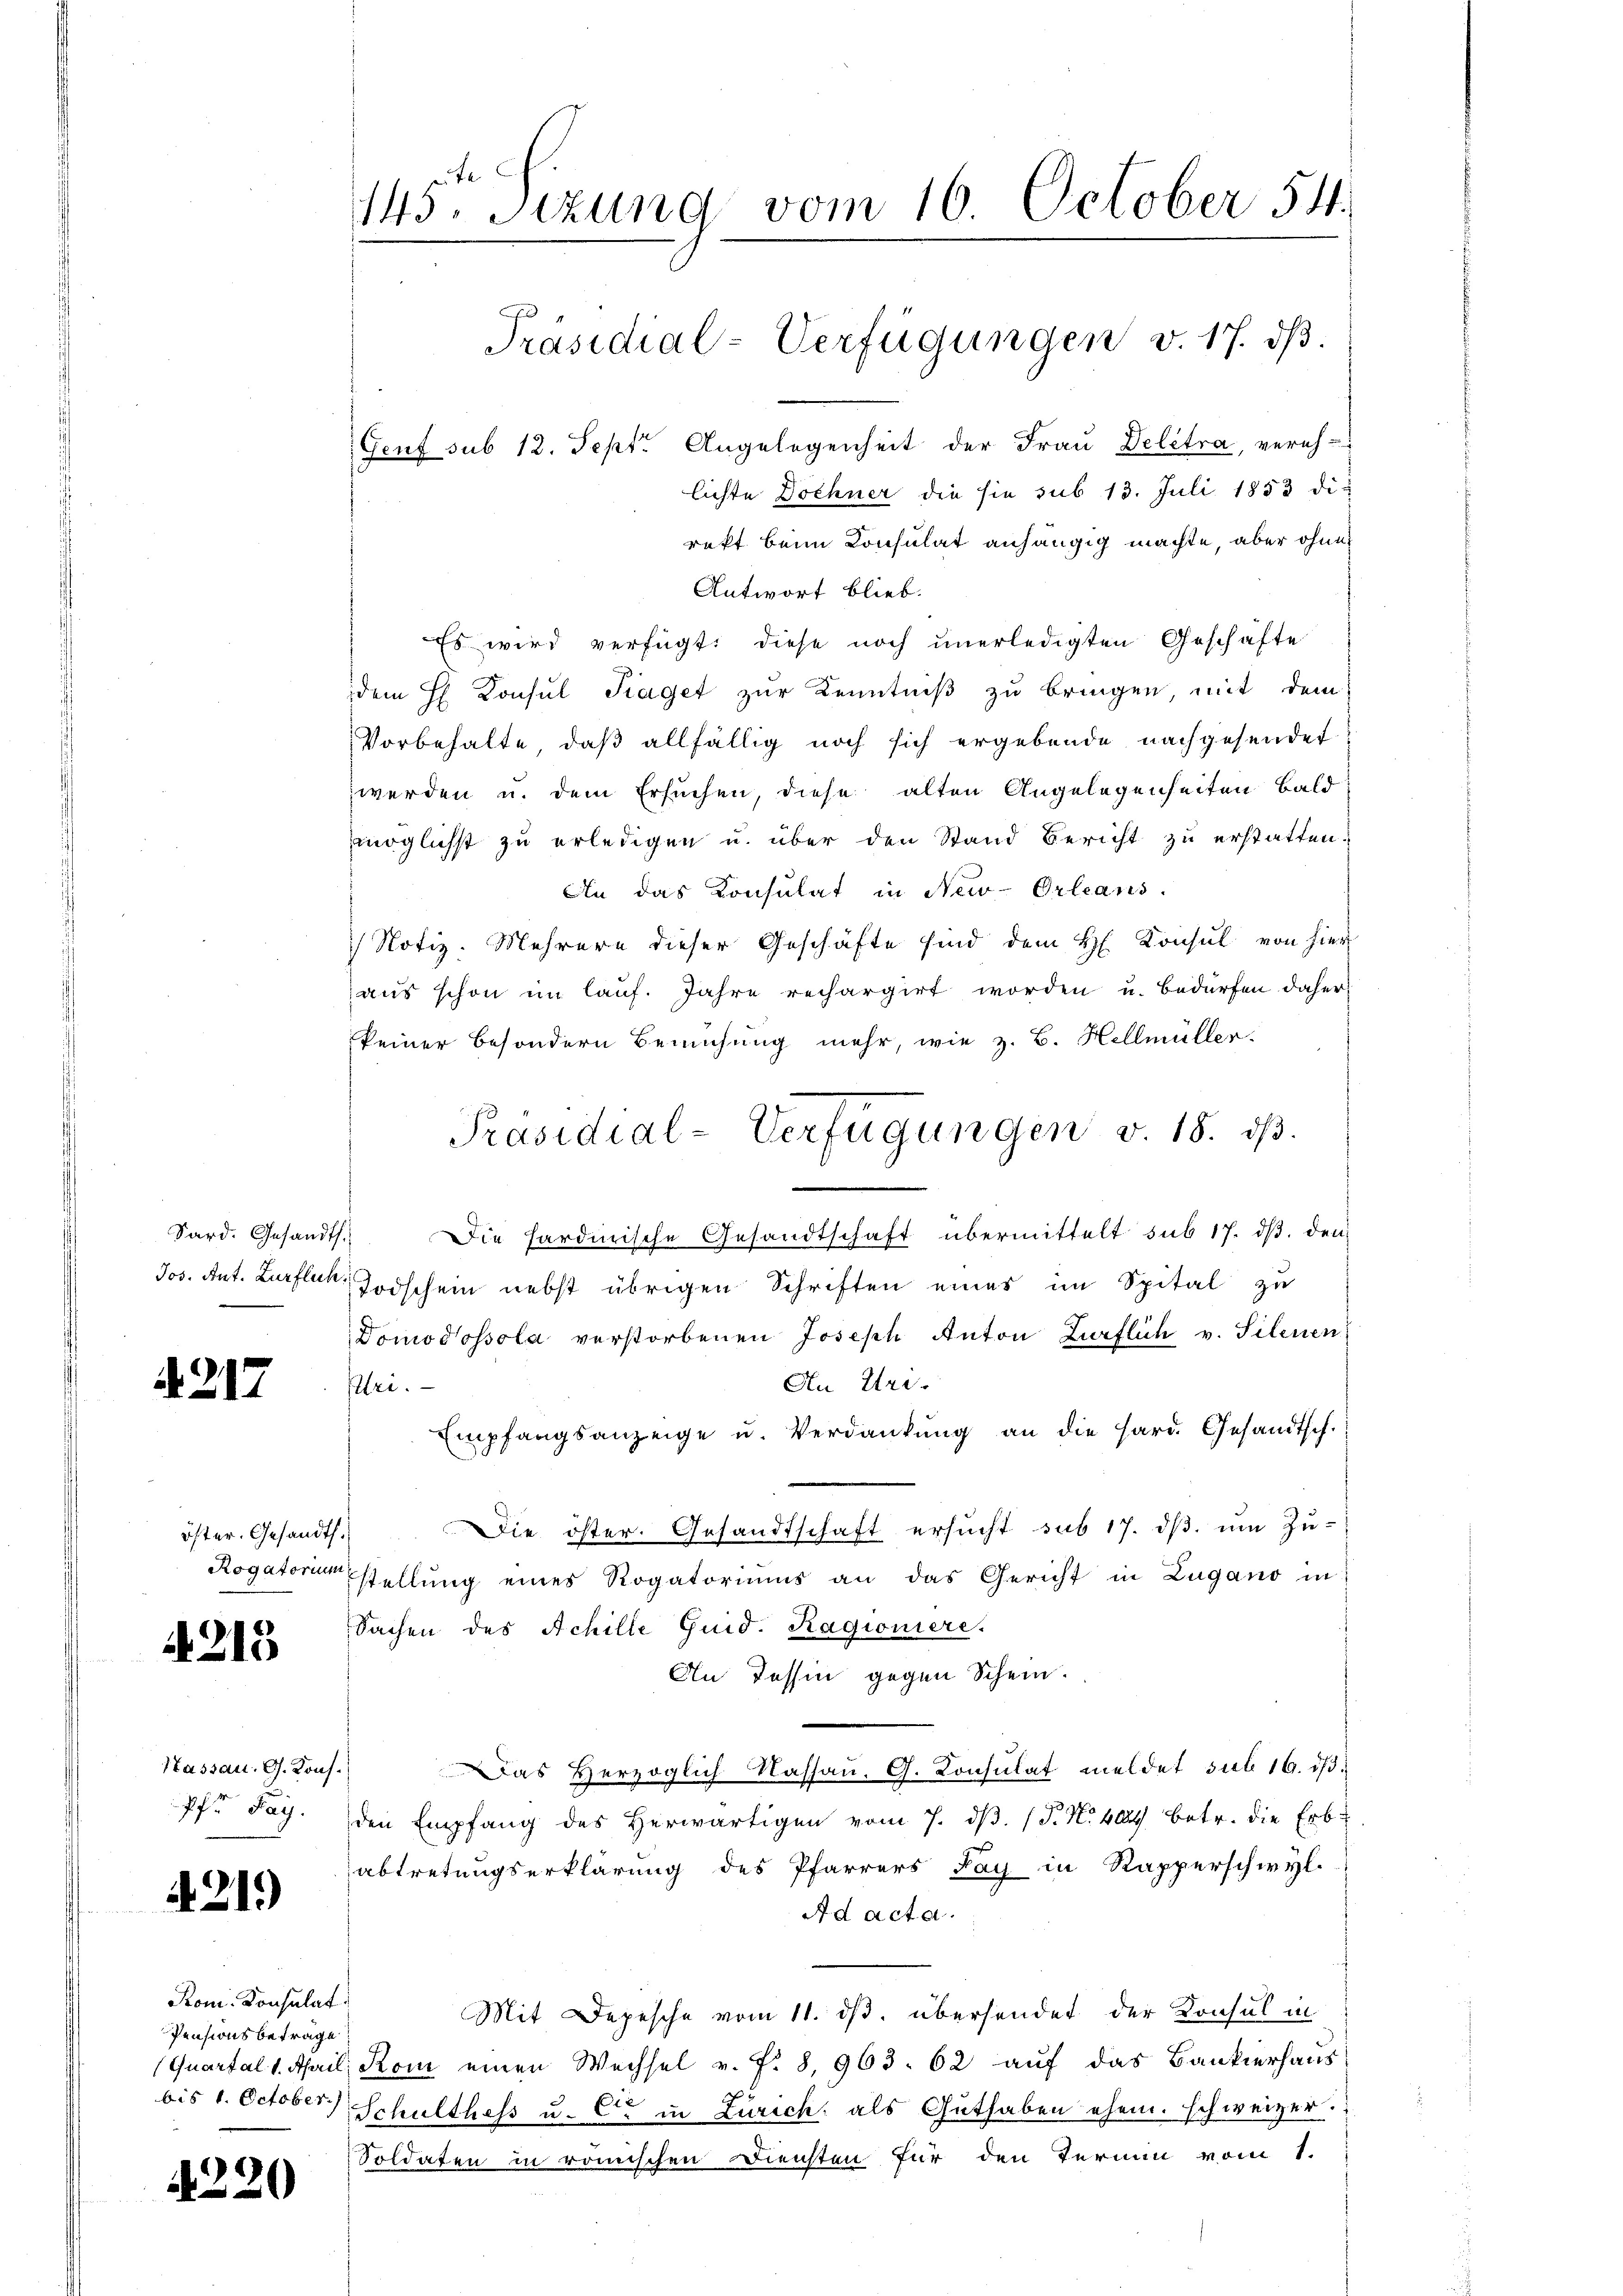
Sard. Gesandts
Jos. Ant. Zurflect

A 217

öster. Gesandth.
Rogatorium

4215

Hassau. G. Konf
Pfr Pay.

4219

Rom. Konsulat
Pensionsbetrage
bis 1. October.

4220

145. Setzung vom 16. October 54.
Präsidial-Verfügungen v. 17. dβ.
Genf sub 12. Sept. Angelegenheit der Frau Delétra, vereh-
lichte Dochner die sie sub 13. Juli 1853 die

rekt beim Konsulat anhängig machte, aber ohne
Antwort blieb.
Es wird verfügt: diese noch unerledigten Geschäfte
dem H. Konsul Fraget zur Kenntniß zu bringen, mit dem
Vorbehalte, daß allfällig noch sich ergebende nachgesendet
werden u. dem Ersuchen, diese alten Angelegenheiten bald
möglichst zu erledigen u. über den Stand Bericht zu erstatten.
An das Konsulat in New-Orleans.
 Notiz. Mehrere dieser Geschäfte sind dem H. Konsul von hier
aus schon im laŭf. Jahre rechargirt worden u. bedürfen daher,
keiner besondern Bemühung mehr, wie z. B. Hellmüller.
1
Die hardinische Gesandtschaft übermittelt sub 17. ds. den
Todschein nebst übrigen Schriften eines im Spital zu
Domodossola verstorbenen Joseph Anton Zürflich v. Silenen
An Uri.
lei.
Empfangsanzeige u. Verdankŭng an die Hard. Gesandtsch.
Die öster. Gesandtschaft ersucht sub 17. ds. um Zu-
stellung eines Rogatoriums an das Gericht in Zugano in
Sachen des Achille Guid. Ragioniere.
An Tessin gegen Schein.
.
Das Herzoglich Nassau, G. Consulat meldet sub 16. ds.
den Empfang des Herwärtigen vom 7. ds. (T. N. 404 betr. die Erb-
abtretungserklärung des Pfarrers Pay in Rapperschwyl
Ad acta.
Mit Depesche vom 11. ds. übersendet der Konsul in
Quartal 1. April, Rom einen Wechsel v. f. 8, 963. 62 auf das Bankierhaus
Schulthess u. Ce in Zürich als Guthaben ehem. schweizer.
Soldaten in römischen Diensten für den Termin vom 1.

Präsidial-Verfügungen v. 18. dβ.